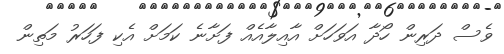
ވެސް ދަރިން ހޯދާ އަވަހަށް އާއިލާއެއް ފަށާނެ ކަމަށް އެކި ފަހަރު މަތިން